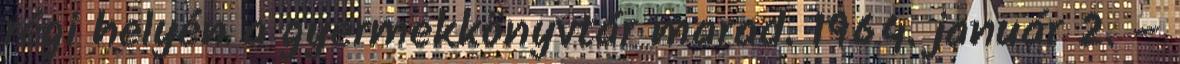
régi helyén a gyermekkönyvtár marad. 1964. január 2. –